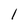
Character: l